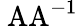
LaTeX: \mathrm{\ AA^{-1}}